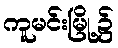
ကူမင်းမြို့၌